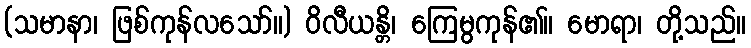
(သမာနာ၊ ဖြစ်ကုန်လသော်။) ဝိလီယန္တိ၊ ကြေမွကုန်၏။ မောရာ၊ တို့သည်။